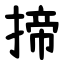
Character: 揥